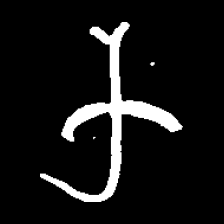
Pyu character \u2014 Myanmar letter: က (romanized: ka)